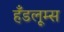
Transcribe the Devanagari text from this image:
हँडलूम्स